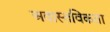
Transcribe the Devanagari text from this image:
अवास्तविकता